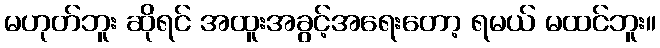
မဟုတ်ဘူး ဆိုရင် အထူးအခွင့်အရေးတော့ ရမယ် မထင်ဘူး။